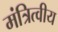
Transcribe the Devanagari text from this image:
मंत्रित्वीय